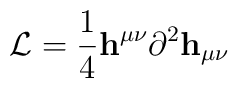
{\cal L} ={1 \over 4} {\bf h}^{\mu \nu} \partial^2 {\bf h}_{\mu \nu}